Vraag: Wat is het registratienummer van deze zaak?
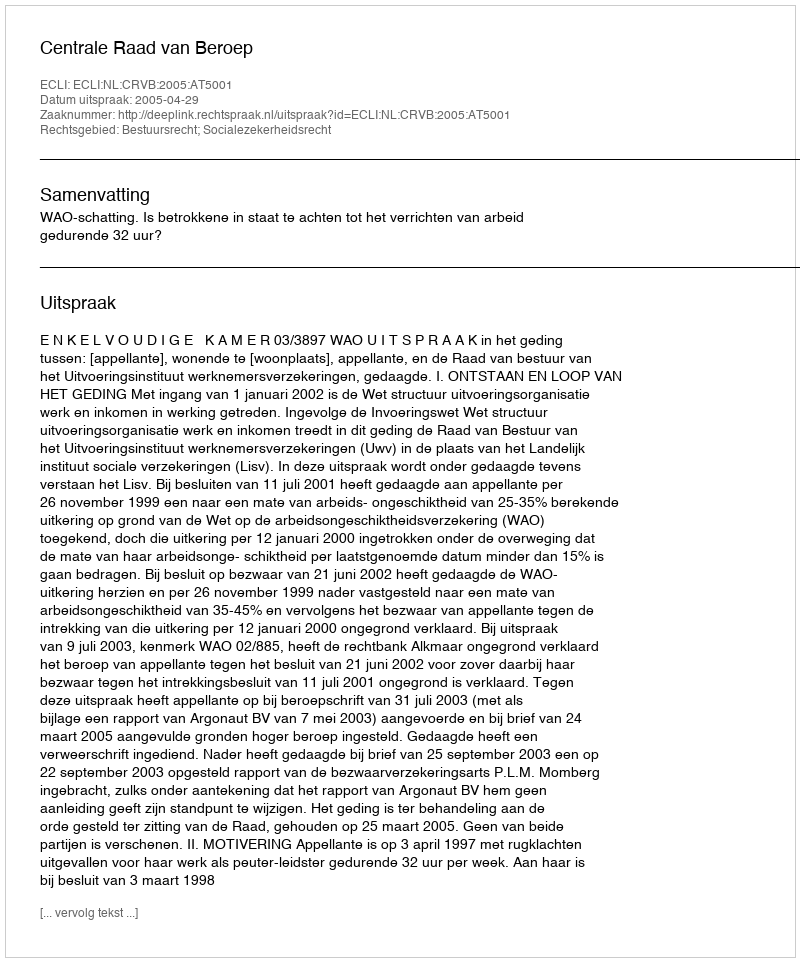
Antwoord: http://deeplink.rechtspraak.nl/uitspraak?id=ECLI:NL:CRVB:2005:AT5001